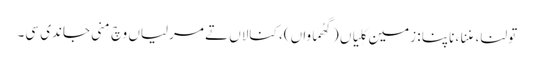
تولنا، مِننا، ناپنا : زمین کِلیاں (گھُماواں)، کنالاں تے مرلیاں وچ مِنی جاندی سی۔